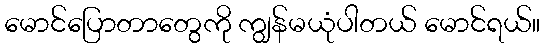
မောင်ပြောတာတွေကို ကျွန်မယုံပါတယ် မောင်ရယ်။